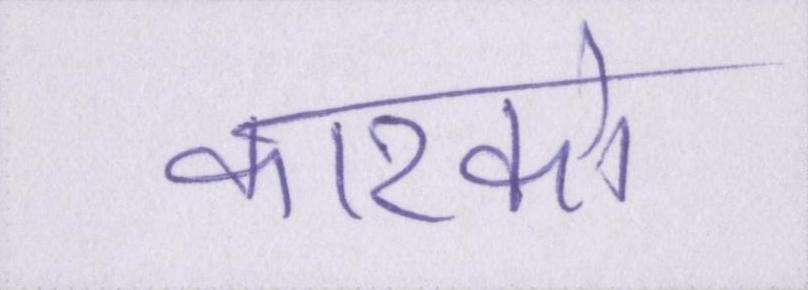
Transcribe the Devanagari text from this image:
कारको